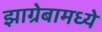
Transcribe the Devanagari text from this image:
झाग्रेबामध्ये